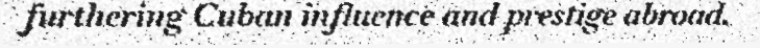
furthering Cuban influence and prestige abroad.